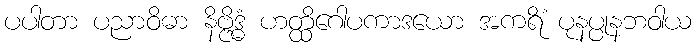
ပပါတာ ပညာဝိဓာ နိဗ္ဗိဒ္ဓံ ဟတ္ထိဂေါပကာဒယော အကရိံ ပုနပ္ပုနဘဝါယ